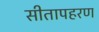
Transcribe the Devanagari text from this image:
सीतापहरण